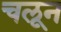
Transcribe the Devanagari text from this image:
चलून